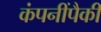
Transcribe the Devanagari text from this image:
कंपनींपैकी